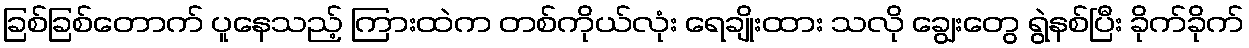
ခြစ်ခြစ်တောက် ပူနေသည့် ကြားထဲက တစ်ကိုယ်လုံး ရေချိုးထား သလို ချွေးတွေ ရွဲနစ်ပြီး ခိုက်ခိုက်